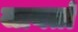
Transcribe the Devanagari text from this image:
जायतां